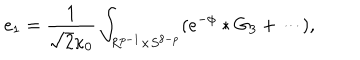
e _ { 1 } = \frac { 1 } { \sqrt { 2 } \kappa _ { 0 } } \int _ { R ^ { p - 1 } \times S ^ { 8 - p } } ( e ^ { - \phi } \ast G _ { 3 } + \cdots ) ,